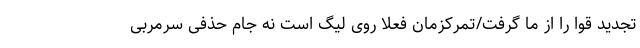
تجدید قوا را از ما گرفت/تمرکزمان فعلا روی لیگ است نه جام حذفی سرمربی